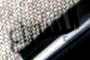
الإسراع